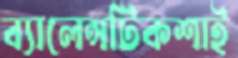
ব্যালেন্সটিকশাই